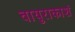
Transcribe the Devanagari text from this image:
वायुराकाशं